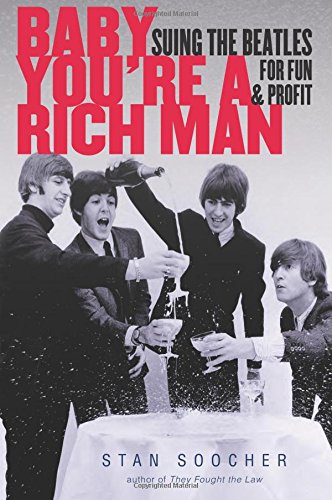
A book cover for Baby You're a Rich Man: Suing the Beatles for Fun and Profit; Stan Soocher; Humor & Entertainment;